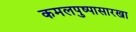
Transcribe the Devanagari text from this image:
कमलपुष्पासारखा